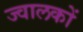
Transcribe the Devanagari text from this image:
ज्वालकों